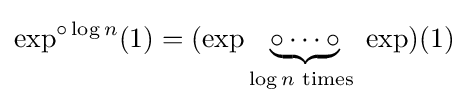
\exp ^{\circ \log n}(1)=(\exp \underbrace {\circ \cdots \circ } _{\log n{\text{ times }}}\exp )(1)